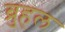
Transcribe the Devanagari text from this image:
ब्रुहल